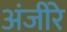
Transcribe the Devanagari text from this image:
अंजीरे